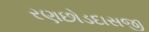
રણછોડદાસજી